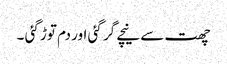
چھت سے نیچے گر گئی اور دم توڑ گئی ۔